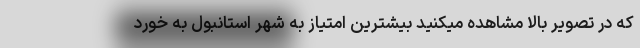
که در تصویر بالا مشاهده میکنید بیشترین امتیاز به شهر استانبول به خورد